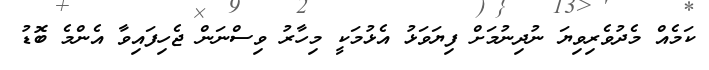
ކަމެއް މެދުވެރިވިޔަ ނުދިނުމަށް ފިޔަވަޅު އެޅުމަކީ މިހާރު ވިސްނަން ޖެހިފައިވާ އެންމެ ބޮޑު